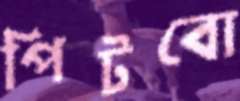
পিটবো